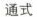
通式